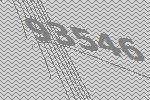
93546